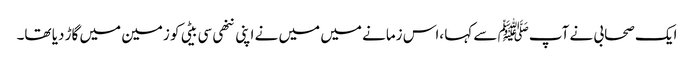
ایک صحابی نے آپﷺ سے کہا ،اس زمانے میں میں نے اپنی ننھی سی بیٹی کو زمین میں گاڑ دیا تھا۔